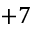
+ 7